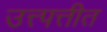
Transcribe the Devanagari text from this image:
उत्त्पत्तीत